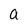
Character: a